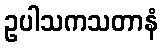
ဥပါသကသတာနံ